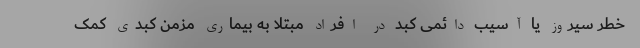
خطر سیروز یا آسیب دائمی کبد در افراد مبتلا به بیماری مزمن کبدی کمک